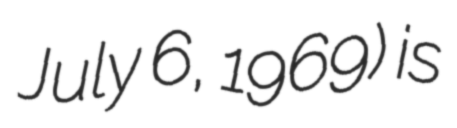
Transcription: July 6, 1969) is